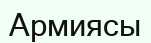
Армиясы